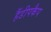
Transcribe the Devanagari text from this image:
हैंडीपकैप